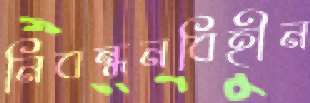
নিবন্ধনবিহীন